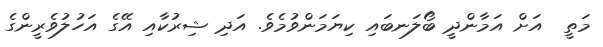
މަތީ  އަށް އަމާންދީ ބޯލަނބައި ކިޔަމަންވުމެވެ. އަދި ޝިރުކާއި އޭގެ އަހުލުވެރީންގެ